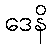
ဒေနိ